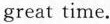
great time.